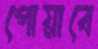
পোয়াবে